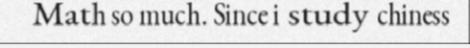
Math so much. Since i study chiness